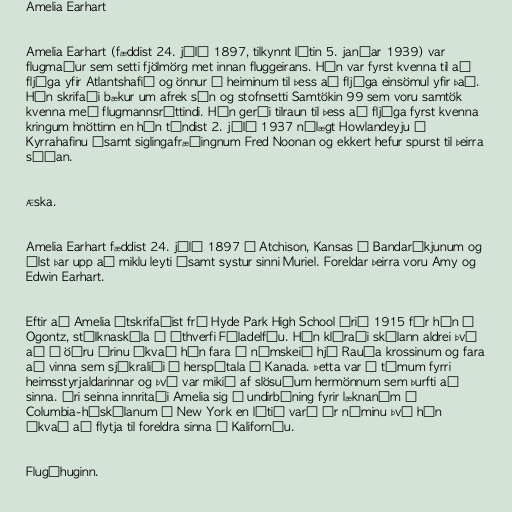
Amelia Earhart

Amelia Earhart (fæddist 24. júlí 1897, tilkynnt látin 5. janúar 1939) var
flugmaður sem setti fjölmörg met innan fluggeirans. Hún var fyrst kvenna til að
fljúga yfir Atlantshafið og önnur í heiminum til þess að fljúga einsömul yfir það.
Hún skrifaði bækur um afrek sín og stofnsetti Samtökin 99 sem voru samtök
kvenna með flugmannsréttindi. Hún gerði tilraun til þess að fljúga fyrst kvenna
kringum hnöttinn en hún týndist 2. júlí 1937 nálægt Howlandeyju í
Kyrrahafinu ásamt siglingafræðingnum Fred Noonan og ekkert hefur spurst til þeirra
síðan.

Æska.

Amelia Earhart fæddist 24. júlí 1897 í Atchison, Kansas í Bandaríkjunum og
ólst þar upp að miklu leyti ásamt systur sinni Muriel. Foreldar þeirra voru Amy og
Edwin Earhart.

Eftir að Amelia útskrifaðist frá Hyde Park High School árið 1915 fór hún í
Ogontz, stúlknaskóla í úthverfi Fíladelfíu. Hún kláraði skólann aldrei því
að á öðru árinu ákvað hún fara á námskeið hjá Rauða krossinum og fara
að vinna sem sjúkraliði á herspítala í Kanada. Þetta var á tímum fyrri
heimsstyrjaldarinnar og því var mikið af slösuðum hermönnum sem þurfti að
sinna. Ári seinna innritaði Amelia sig í undirbúning fyrir læknanám í
Columbia-háskólanum í New York en lítið varð úr náminu því hún
ákvað að flytja til foreldra sinna í Kaliforníu.

Flugáhuginn.